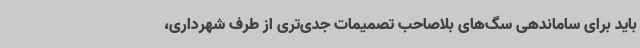
باید برای ساماندهی سگ‌های بلاصاحب تصمیمات جدی‌تری از طرف شهرداری،